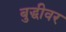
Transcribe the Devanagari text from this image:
बुद्धीवर